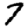
Digit: 7